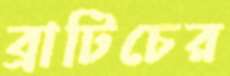
ব্রাটিচের